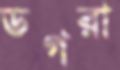
ডগরা